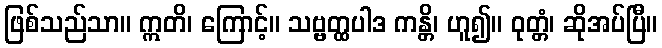
ဖြစ်သည်သာ။ ဣတိ၊ ကြောင့်။ သဗ္ဗတ္ထပါဒ ကန္တိ၊ ဟူ၍။ ဝုတ္တံ၊ ဆိုအပ်ပြီ။